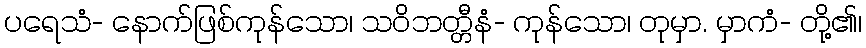
ပရေသံ- နောက်ဖြစ်ကုန်သော၊ သဝိဘတ္တီနံ- ကုန်သော၊ တုမှာ. မှာကံ- တို့၏၊